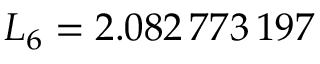
L _ { 6 } = 2 . 0 8 2 \, 7 7 3 \, 1 9 7